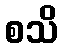
စသိ